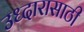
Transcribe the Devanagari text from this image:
उध्दारासाठी